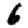
Digit: 6